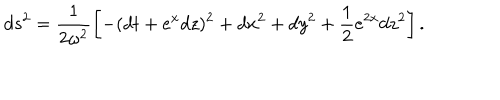
d s ^ { 2 } = \frac 1 { 2 \omega ^ { 2 } } \left[ - ( d t + e ^ { x } d z ) ^ { 2 } + d x ^ { 2 } + d y ^ { 2 } + \frac 1 2 e ^ { 2 x } d z ^ { 2 } \right] .